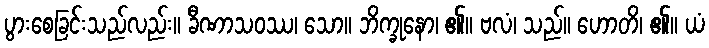
ပွားစေခြင်းသည်လည်း။ ခီဏာသဝဿ၊ သော။ ဘိက္ခုနော၊ ၏။ ဗလံ၊ သည်။ ဟောတိ၊ ၏။ ယံ